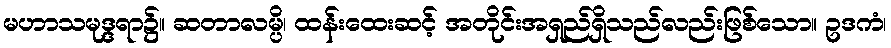
မဟာသမုဒ္ဒရာ၌။ ဆတာလမ္ပိ၊ ထန်းထေးဆင့် အတိုင်းအရှည်ရှိသည်လည်းဖြစ်သော။ ဥဒကံ၊